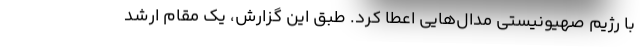
با رژیم صهیونیستی مدال‌هایی اعطا کرد. طبق این گزارش، یک مقام ارشد